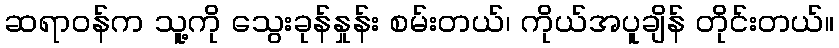
ဆရာဝန်က သူ့ကို သွေးခုန်နှုန်း စမ်းတယ်၊ ကိုယ်အပူချိန် တိုင်းတယ်။